Calcutta medical institutions reports 1871-78
Year: 1871
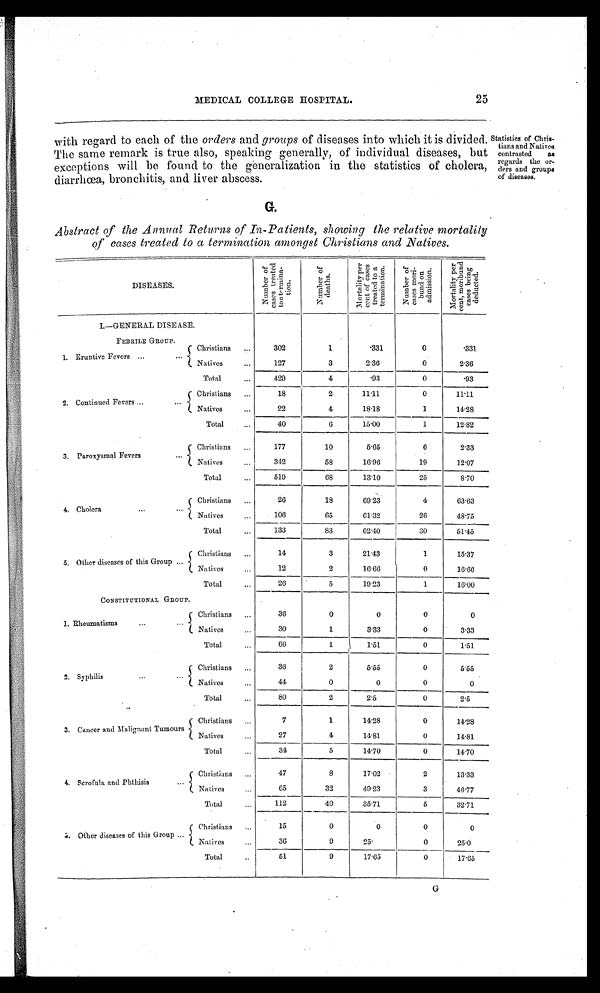
MEDICAL COLLEGE IIOSPITAL.
25
with regard to each of the orders and groups of diseases into which it is divided.
The same remark is true also, speaking generally, of individual diseases, but
exceptions will be found to the generalization in the statistics of cholera,
diarrhœa, bronchitis, and liver abscess.
G.
Abstract of the Annual Returns of In-Patients, showing the relative mortality
of cases treated to a termination amongst Christians and Natives.
Statistics of Chris-
tians and Natives
contrasted as
regards the or-
ders and groups
of diseases.
N u m b e r o f c a s e s t r e a t e d t o a t e r m i n a t i o n .
N u m b e r o f d e a t h s .
M o r t a l i t y p e r c e n t o f c a s e s t r e a t e d t o a t e r m i n a t i o n
N u m b e r o f c a s e s m o r i - b u n d o n a d m i s s i o n .
Mo r t a l i t y p e r c e n t , mo r i b u n d c a s e s b e i n g d e d u c t e d .
DISEASES.
I.—GENERAL DISEASE.
FEBRILE GROUP.
1. Eruptive Fevers ...
Christians...
Natives...
302
1
331
0
331
3
2.36
0
2.36
Total
...
429
4
93
0
93
2. Continued Fevers ...
...
Christians ...
Natives ...
18
2
11.11
0
11.11
4
18.18
1
14.28
Total
...
40
6
15.00
1
12.82
3. Paroxysmal Fevers
. . .
Christians ...
Natives
...
177
10
5.65
6
2.33
342
58
16.96
19
12.07
Total...
68
13.10
25
8.70
4. Cholera
...
. . .
Christians ...
Natives
...
26
18
69.23
4
63.63
106
65
61.32
26
48.75
Total...
133
83
62.40
30
51.45
5. Other diseases of this Group ...
Christians ...
Natives
...
14
3
21.43
1
_
15.37
12
2
16.66
0
16.66
Total..
2 6
5
19.23
1
16.00
CONSTITUTIONAL GROUP.
1. Rhsms
...
Rheumatisms
Christians ...
Natives...
30
0
0
0
0
1
3.33
0
3.33
Total...
1
1.51
0
1.51
2. Syphilis
...
... Christians ...
Natives...
30
2
5.55
0
5.55
44
0
0
0
0
Total
80
2
2.5
0
2.5
_
3. Cancer and Malignant Tumours
Christians ...
Natives
...
7
27 _
1
4
14.28
14.81
0
0
14.28
1 4 . 8 1
Total
. . . •
34
5
14.70
0
1 4 . 7 0
4. Scrofula. and Phthisis
...
Christians ...
Natives
...
47
8
17.02
2
13.33
65
_
112
32
49.23
3
46.77
Total
...
40
35.71
5
32.71
0
5. Other diseases of this Group ...
Christians ...
Natives...
15
0
0
0
9
25
0
25.0
Total
61
9
17.65
0
17.65